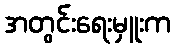
အတွင်းရေးမှူးက